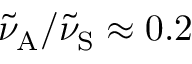
\tilde { \nu } _ { \mathrm { A } } / \tilde { \nu } _ { \mathrm { S } } \approx 0 . 2